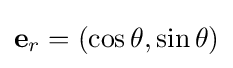
\mathbf {e} _{r}=(\cos \theta ,\sin \theta )